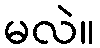
မလဲ။